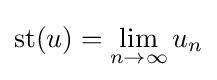
\operatorname {st} (u)=\lim _{n\to \infty }u_{n}